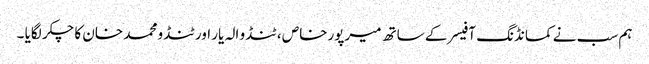
ہم سب نے کمانڈنگ آفیسر کے ساتھ میرپورخاص ، ٹنڈو الہ یار اور ٹنڈو محمد خان کا چکر لگایا ۔